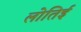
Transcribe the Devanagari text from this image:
लोतिई